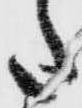
た